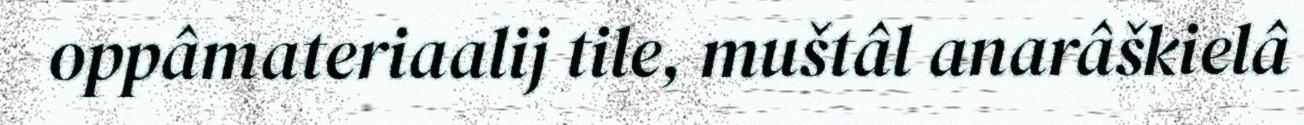
oppâmateriaalij tile, muštâl anarâškielâ